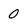
Character: 0